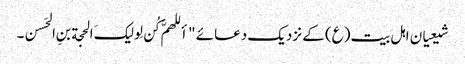
شیعیان اہل بیت(ع) کے نزدیک دعائے "أللهمَّ کُن لِولیکَ الحجة بنِ الحَسن۔